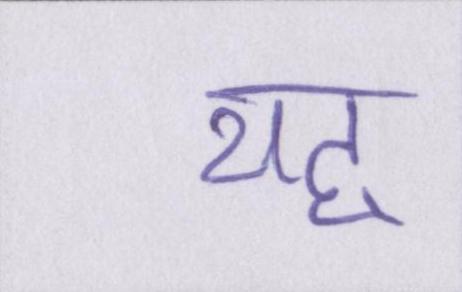
यह्